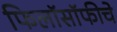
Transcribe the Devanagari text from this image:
फिलॉसॉफीचे